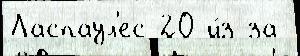
Ласпаул'ес 20 и́з-за